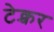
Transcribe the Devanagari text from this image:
टेक्चर